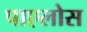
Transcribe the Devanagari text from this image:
पाएलोस